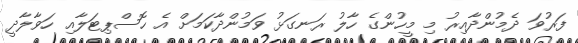
ފަރުވަ ދެމުންދާއިރު މި މީހުންގެ ހާލު ރަނގަޅު ވަމުންދާކަމަށް އެ ހޮސްޕިޓަލާއި ހަވާލާދީ